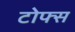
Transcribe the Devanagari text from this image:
टोफ्स